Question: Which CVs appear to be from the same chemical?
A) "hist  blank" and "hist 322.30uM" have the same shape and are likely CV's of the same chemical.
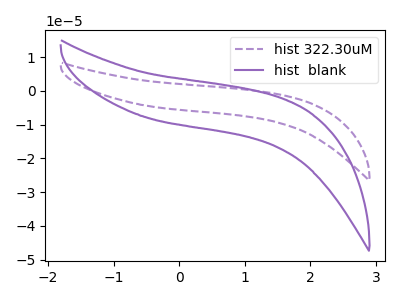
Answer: <think>The purple dashed curve "hist 322.30uM" has no peaks. The purple curve "hist  blank" has no peaks.
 Neither "hist 322.30uM" or "hist  blank" have any peaks.</think>
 <answer>A) "hist  blank" and "hist 322.30uM" have the same shape and are likely CV's of the same chemical.</answer>
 <eval>A</eval>